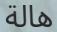
ھالة